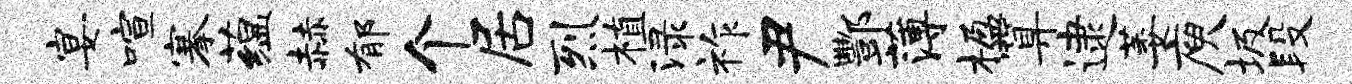
宴喧搴蕴赫郁个居烈植渌祚尹酆薄楹算逮萎庾圾段